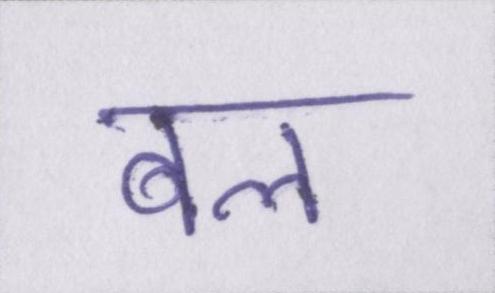
बल